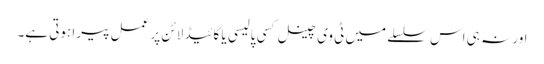
اور نہ ہی اس سلسلے میں ٹی وی چینل کسی پالیسی یا گائیڈ لائن پر عمل پیرا ہوتی ہے۔